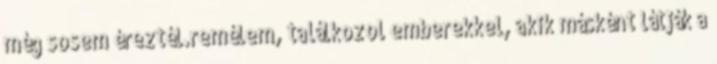
még sosem éreztél.remélem, találkozol emberekkel, akik másként látják a